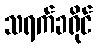
သရက်ခရိုင်